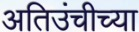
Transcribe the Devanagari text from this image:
अतिउंचीच्या